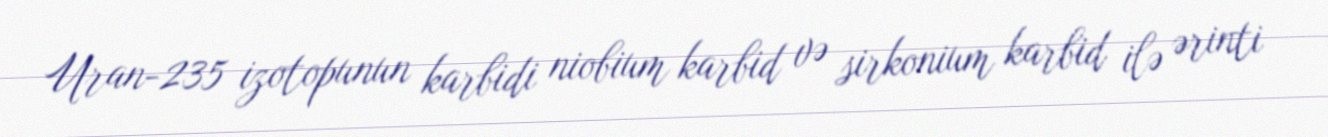
Uran-235 izotopunun karbidi niobium karbid və sirkonium karbid ilə ərinti